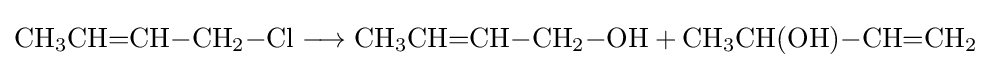
{\mathrm {CH} {\vphantom {A}}_{\smash[{t}]{3}}\mathrm {CH} {=}\mathrm {CH} {-}\mathrm {CH} {\vphantom {A}}_{\smash[{t}]{2}}{-}\mathrm {Cl} {}\mathrel {\longrightarrow } {}\mathrm {CH} {\vphantom {A}}_{\smash[{t}]{3}}\mathrm {CH} {=}\mathrm {CH} {-}\mathrm {CH} {\vphantom {A}}_{\smash[{t}]{2}}{-}\mathrm {OH} {}+{}\mathrm {CH} {\vphantom {A}}_{\smash[{t}]{3}}\mathrm {CH} (\mathrm {OH} ){-}\mathrm {CH} {=}\mathrm {CH} {\vphantom {A}}_{\smash[{t}]{2}}}